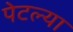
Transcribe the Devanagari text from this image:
पेटल्या